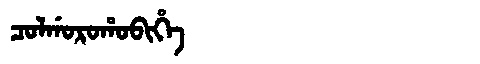
Manchu: ᠴᠣᠯᡤᠣᡵᠣᡥᠣᠪᡳᡥᡝ
Romanization: COLGOROHOBIHE